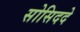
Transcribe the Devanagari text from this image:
सोसिददे